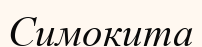
Симокита